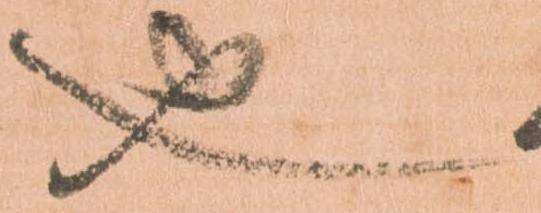
也